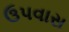
ઉપવાસ